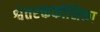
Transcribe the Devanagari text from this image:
श्वेतरक्तकोशिका